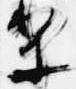
梨